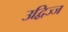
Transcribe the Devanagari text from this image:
उद्विज्ज